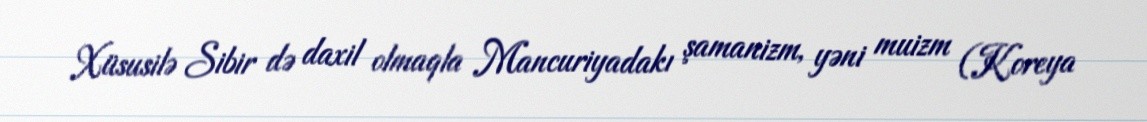
Xüsusilə Sibir də daxil olmaqla Mancuriyadakı şamanizm, yəni muizm (Koreya